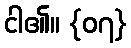
ငါ၏။ {၀၇}